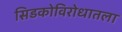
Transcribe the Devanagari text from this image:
सिडकोविरोधातला